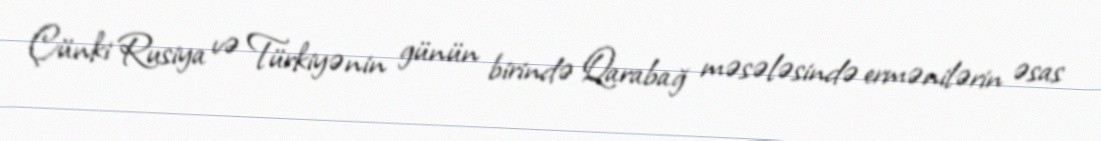
Çünki Rusiya və Türkiyənin günün birində Qarabağ məsələsində ermənilərin əsas